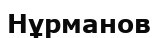
Нұрманов